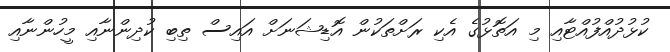
ކުޅުދުއްފުއްޓާއި މި އަތޮޅުގެ އެކި ރަށްތަކުން އޮޑިޝަނަށް އައިސް ތިބި ކުދިންނާއި މީހުންނާއި